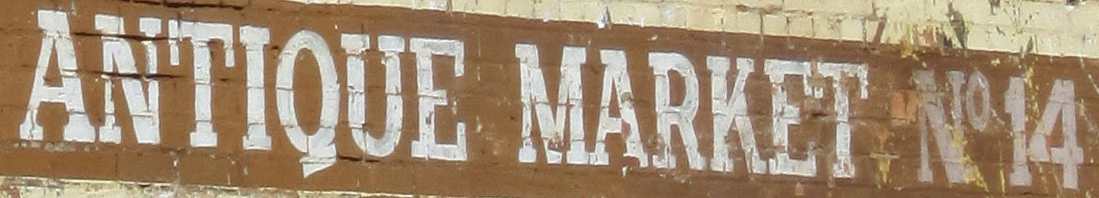
ANTIQUE MARKET NO14